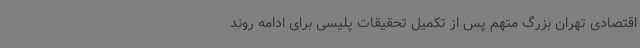
اقتصادی تهران بزرگ متهم پس از تکمیل تحقیقات پلیسی برای ادامه روند